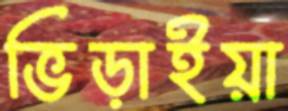
ভিড়াইয়া